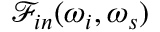
\mathcal { F } _ { i n } ( \omega _ { i } , \omega _ { s } )